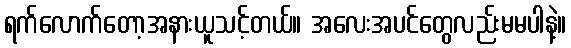
ရက်လောက်တော့အနားယူသင့်တယ်။ အလေးအပင်တွေလည်းမမပါနဲ့။